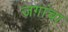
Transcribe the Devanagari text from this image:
जगांचा